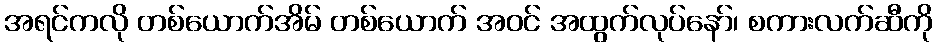
အရင်ကလို တစ်ယောက်အိမ် တစ်ယောက် အဝင် အထွက်လုပ်နော်၊ စကားလက်ဆီကို